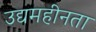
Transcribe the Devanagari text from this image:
उद्यमहीनता